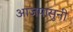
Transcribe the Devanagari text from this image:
आजपासुनी